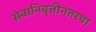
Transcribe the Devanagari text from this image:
सेवानिवृत्तीनंतरचा